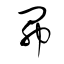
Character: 昴